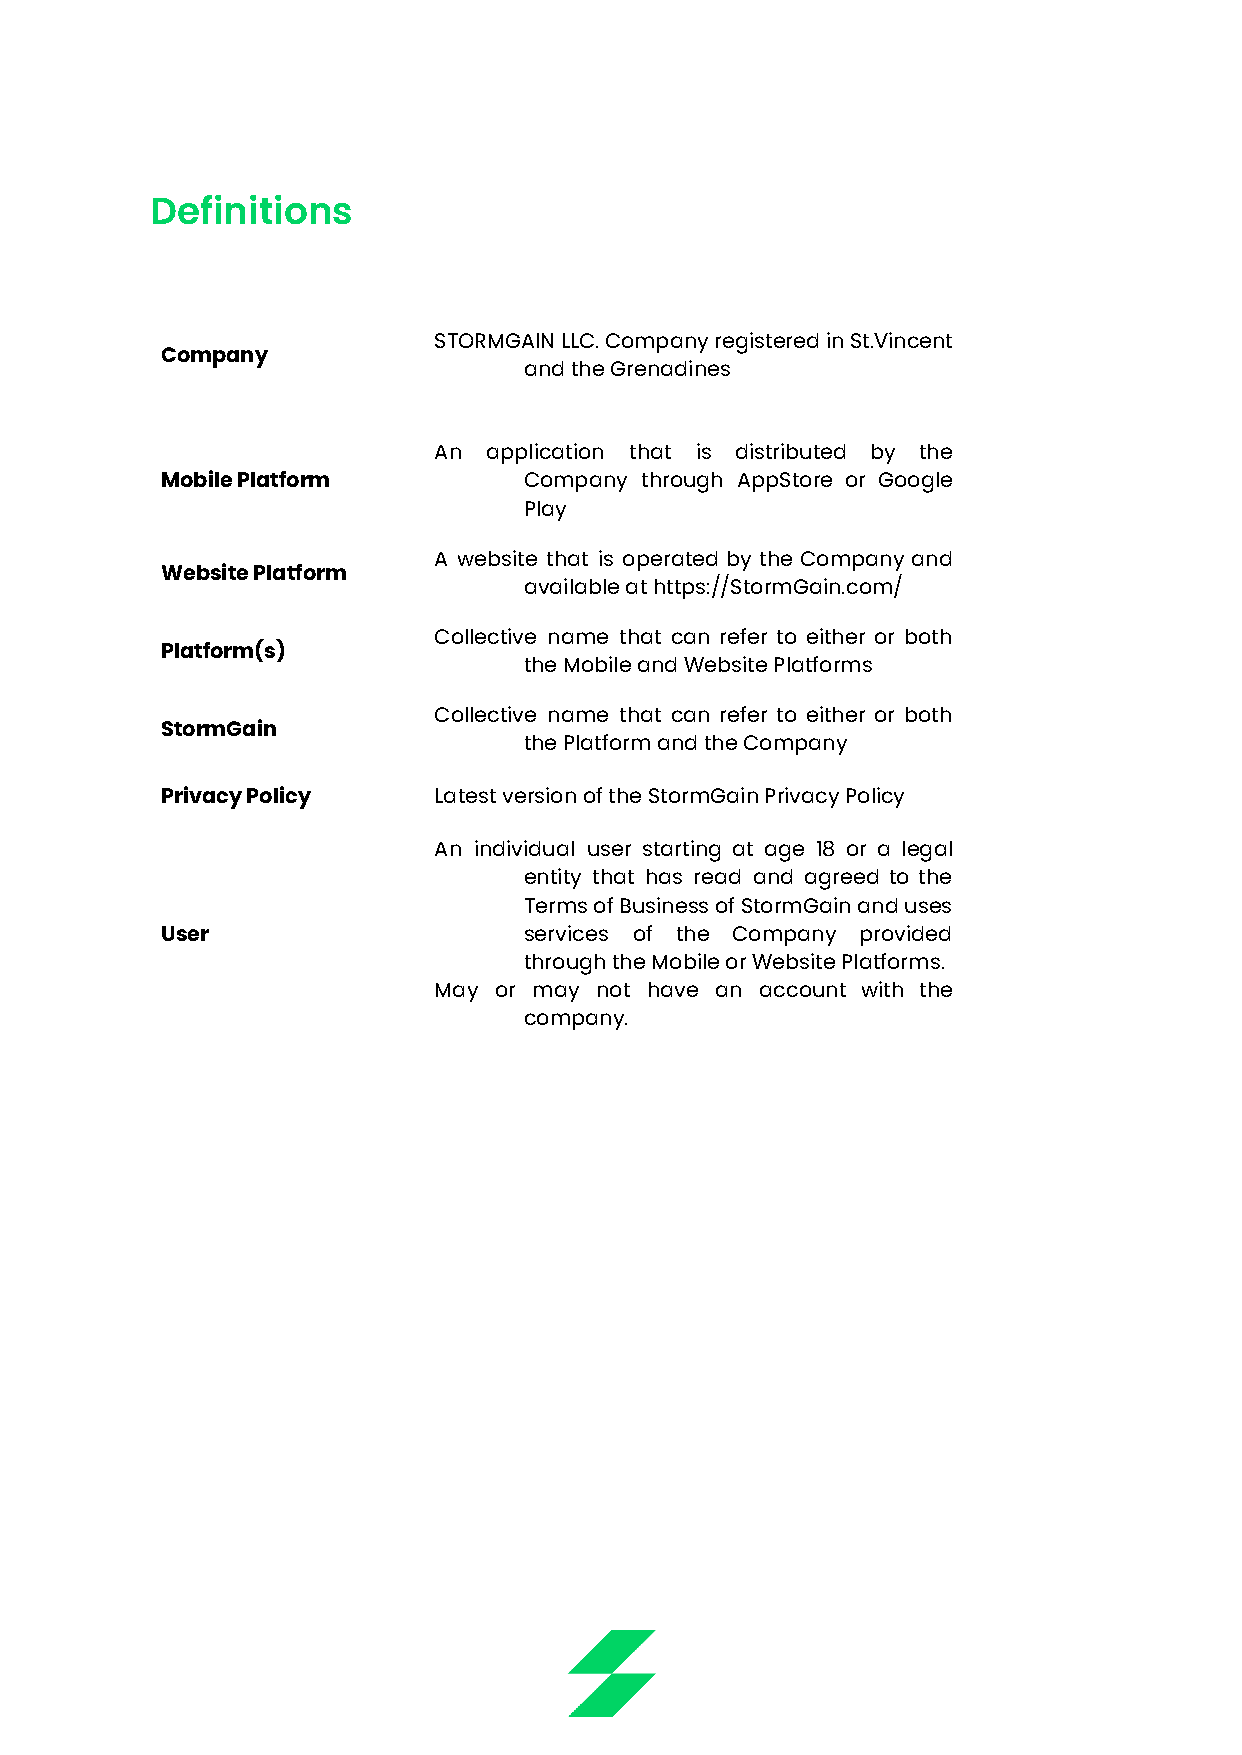
Definitions
 STORMGAINLLC.CompanyregisteredinSt.Vincent
 Company
 and the Grenadines
 An application that is distributed by the
 Mobile Platform         Company through AppStore or Google
 Play
 A website that is operated by the Company and
 Website Platform
 available at https://StormGain.com/
 Collective name that can refer to either or both
 Platform(s)
 the Mobile and Website Platforms
 Collective name that can refer to either or both
 StormGain
 the Platform and the Company
 Privacy Policy    Latest version of the StormGain Privacy Policy
 An individual user starting at age 18 or a legal
 entity that has read and agreed to the
 TermsofBusinessofStormGainanduses
 User                    services of the Company provided
 through the Mobile or Website Platforms.
 May or may not have an account with the
 company.